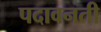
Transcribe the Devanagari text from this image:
पदावनती